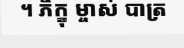
។ ភិក្ខុ ម្ចាស់ បាត្រ